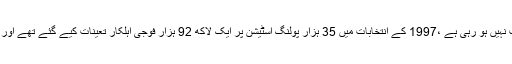
انہوںنے کہاکہ 2018 کے انتخابات میں فوج پہلی بارتعینات نہیں ہو رہی ہے ،1997 کے انتخابات میں 35 ہزار پولنگ اسٹیشن پر ایک لاکھ 92 ہزار فوجی اہلکار تعینات کیے گئے تھے اور 2008 کے الیکشن میں کوئیک ایکشن فورس نے ڈیوٹی دی۔